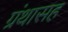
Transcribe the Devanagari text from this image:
ग्रंथासह